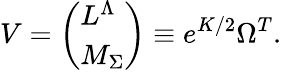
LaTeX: V=\left(\begin{array}{l}{{L^{\Lambda}}}\\ {{M_{\Sigma}}}\end{array}\right)\equiv e^{K/2}\Omega^{T}.